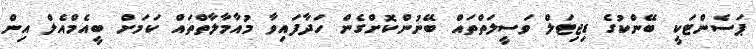
ޕަސެންޓަކީ ބޭންކުގެ ޑިޖިޓަލް ވަސީލަތްތައް ބޭނުންކޮށްގެން ހަދާފައިވާ މުއާމާލާތްތައް ކަމަށް ބީއެމްއެލް އިން